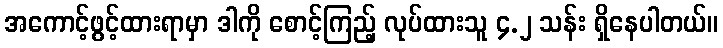
အကောင့်ဖွင့်ထားရာမှာ ဒါကို စောင့်ကြည့် လုပ်ထားသူ ၄.၂ သန်း ရှိနေပါတယ်။